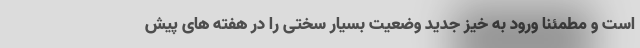
است و مطمئنا ورود به خیز جدید وضعیت بسیار سختی را در هفته های پیش